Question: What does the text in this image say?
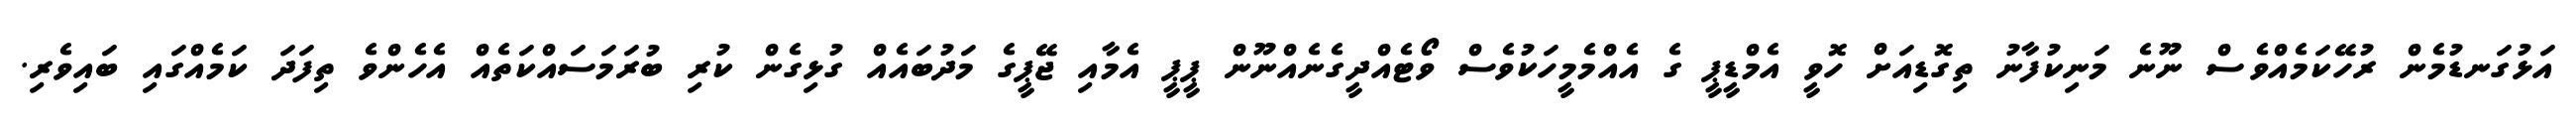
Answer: އަޅުގަނޑުމެން ރުހޭކަމެއްވެސް ނޫނެ މަނިކުފާނު ތިގޮޑިއަށް ހޮވީ އެމްޑީޕީ ގެ އެއްމެމީހަކުވެސް ވޯޓެއްދީގެނެއްނޫން ޕީޕީ އެމާއި ޖޭޕީގެ މަދުބައެއް ގުޅިގެން ކުރި ބުރަމަސައްކަތެއް އެހެންވެ ތިފަދަ ކަމެއްގައި ބައިވެރި.